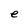
Character: e